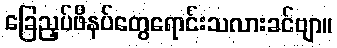
ခြေညှပ်ဖိနပ်တွေရောင်းသလားခင်ဗျာ။